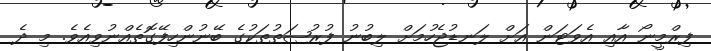
ފިރްމީނޯ އާއި އެވަޓަން އަށް ލަނޑުޖެހުމަށް ލިބުނު ފުރުޞަތުތަކުގެ ބޭނުންހިފޭގޮތެއްނުވިއެވެ. މި ދެ